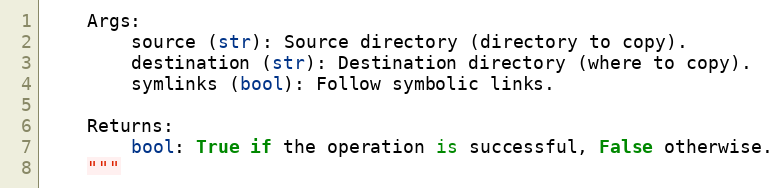
Language: Python
    Args:
        source (str): Source directory (directory to copy).
        destination (str): Destination directory (where to copy).
        symlinks (bool): Follow symbolic links.

    Returns:
        bool: True if the operation is successful, False otherwise.
    """